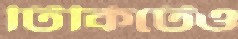
টিকিটেও